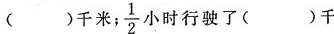
（）千米， \frac{1}{2}小时行驶了（）千